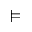
\vDash